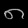
Digit: ၈